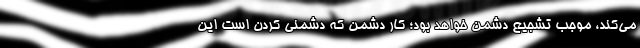
می‌کند، موجب تشجیع دشمن خواهد بود؛ کار دشمن که دشمنی کردن است این